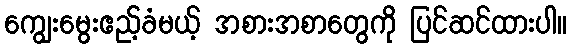
ကျွေးမွေးဧည့်ခံမယ့် အစားအစာတွေကို ပြင်ဆင်ထားပါ။